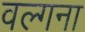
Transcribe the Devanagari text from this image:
वल्गना